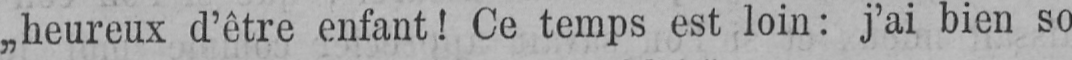
„heureux d’être enfant! Ce temps est loin: j’ai bien